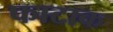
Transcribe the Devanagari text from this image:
फाटाक